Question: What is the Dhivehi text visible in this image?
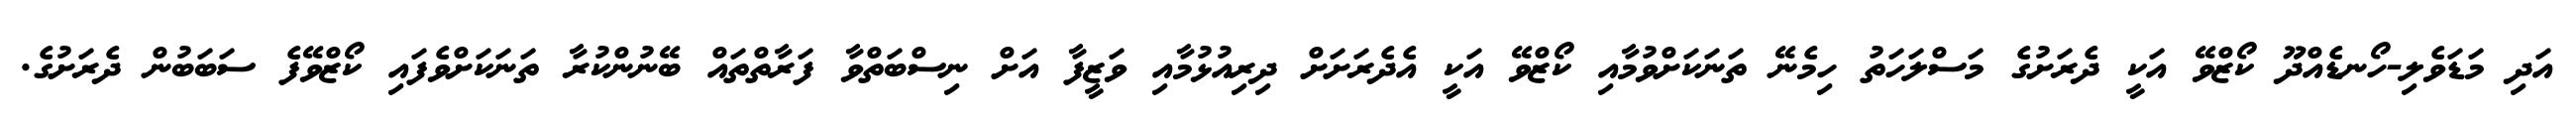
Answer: އަދި މަޑަވެލި-ހޯނޑެއްދޫ ކޯޒްވޭ އަކީ ދެރަށުގެ މަސްލަހަތު ހިމެނޭ ތަނަކަށްވުމާއި ކޯޒްވޭ އަކީ އެދެރަށަށް ދިރިއުޅުމާއި ވަޒީފާ އަށް ނިސްބަތްވާ ފަރާތްތައް ބޭނުންކުރާ ތަނަކަށްވެފައި ކޯޒްވޭފެ ސަބަބުން ދެރަށުގެ.